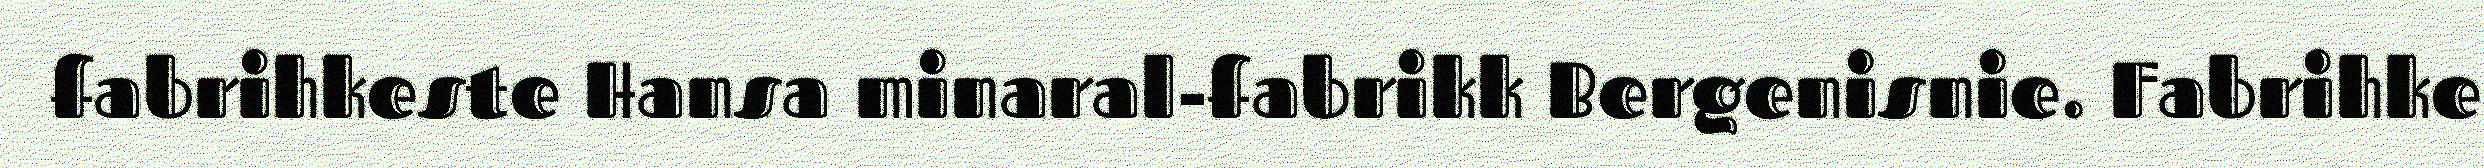
fabrihkeste Hansa minaral-fabrikk Bergenisnie. Fabrihke